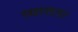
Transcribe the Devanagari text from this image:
व्यासड़ा